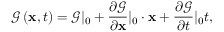
\mathscr { G } \left( { \mathbf { x } , t } \right) = \mathscr { G } | _ { 0 } + \frac { \partial \mathscr { G } } { \partial \mathbf { x } } | _ { 0 } \cdot \mathbf { x } + \frac { \partial \mathscr { G } } { \partial t } | _ { 0 } t ,